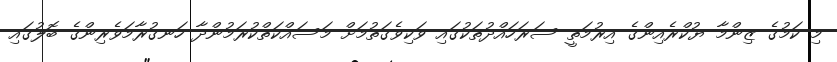
މި ކަމުގެ ޒިންމާ ޔުކްރެއިންގެ އިރުމަތީ ސަރަހައްދުތަކުގައި ވަކިވެގަތުމަށް މަސައްކަތްކުރަމުންދާާ ހަނގުރާމަވެރިންގެ ބޮލުގައި